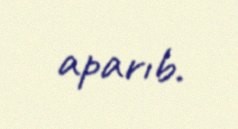
aparıb.